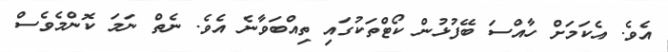
އެވެ. އެކަމަށް ހާއްސަ ބޭފުޅުން ކޯޓްތަކުގައި ތިއްބަވާނެ އެވެ. ނެތް ނަމަ ކޮންމެވެސް